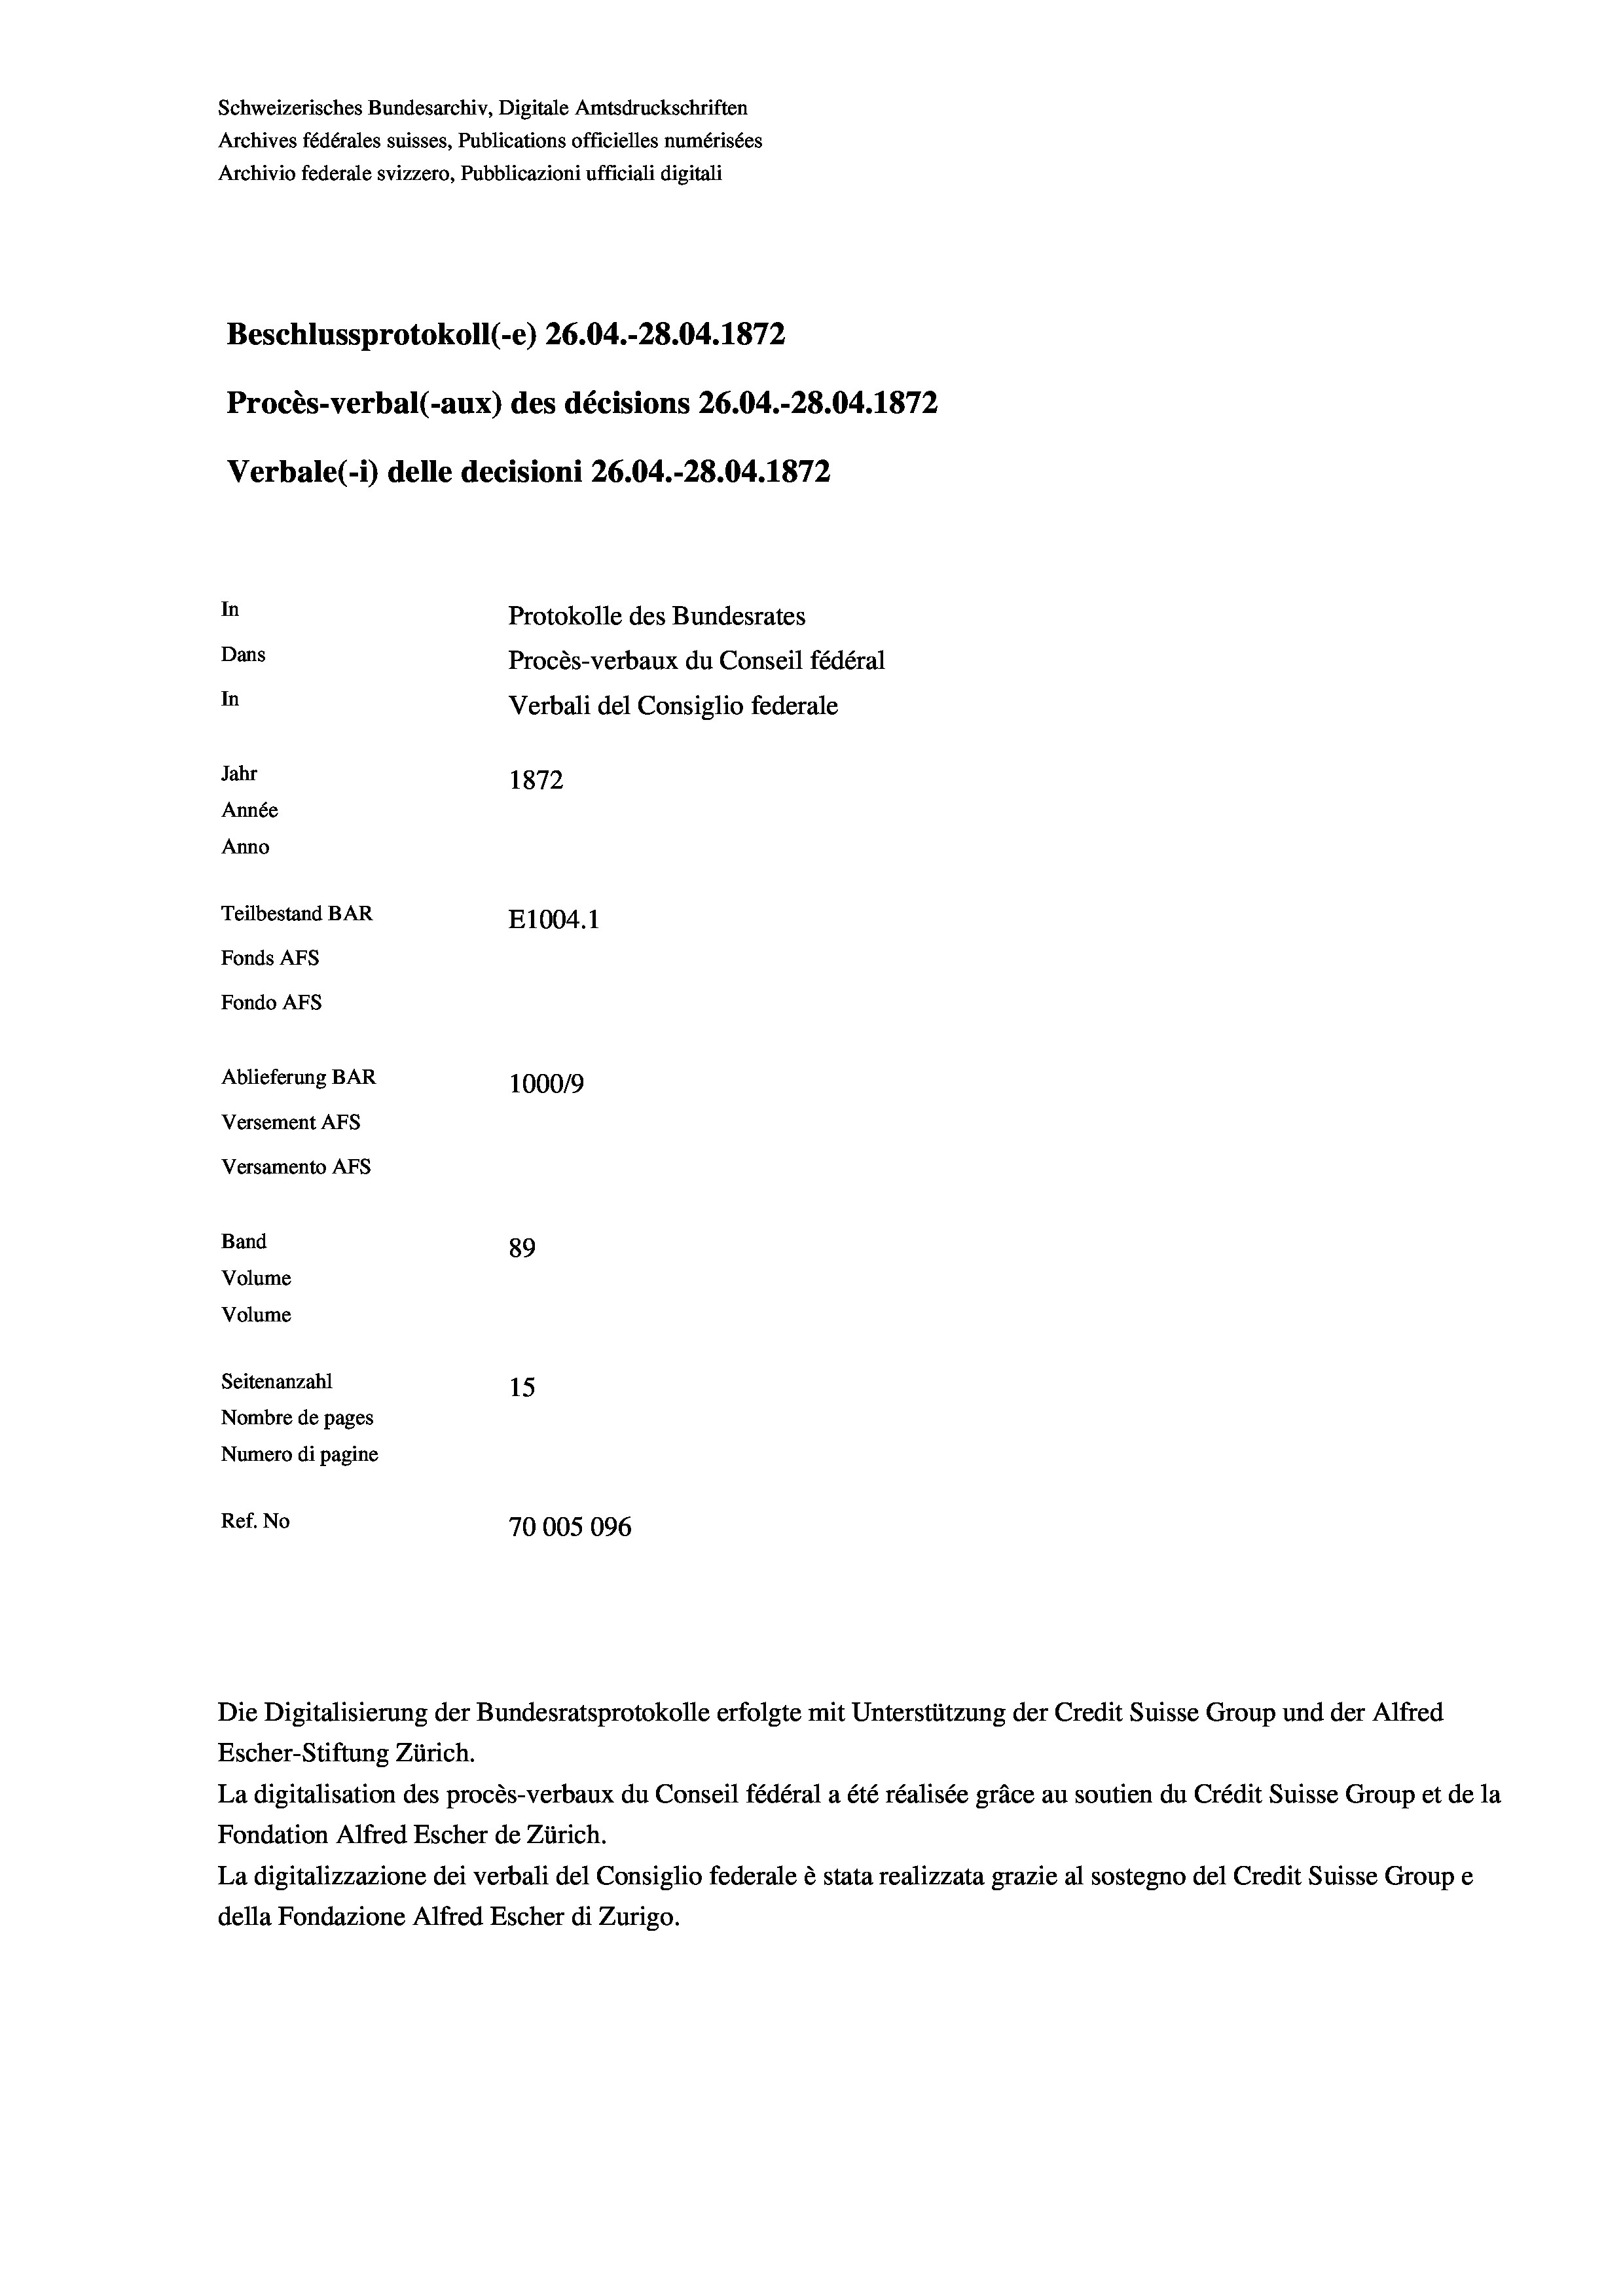
Schweizerisches Bundesarchiv, Digitale Amtsdruckschriften
Archives fédérales suisses, Publications officielles numérisées
Archivio federale svizzero, Pubblicazioni ufficiali digitali
Beschlussprotokoll (-e) 26.04.-28.04. 1872
Procès-verbal (-aux) des décisions 26.04.-28.04. 1872
Verbale (- 1) delle decisioni 26.04.-28.04. 1872
In
Protokolle des Bundesrates
Dans
Procès-verbaux du Conseil fédéral
In
Verbali del Consiglio federale
Jahr
1872
Année
Anno
Teilbestand BAR
E1004. 1
Fonds AFs
Fondo Afs
Ablieferung BAR
100019
Versement AFs
Versamento AFs
Band
89
Volume
Volume
Seitenanzahl
15

Nombre de pages
Numero di pagine
Ref. No
70005096

Die Digitalisierung der Bundesratsprotokolle erfolgte mit Unterstützung der Credit Suisse Group und der Alfred
Escher-Stiftung Zürich.

La digitalisation des procès-verbaux du Conseil fédéral a été réalisée gräce au soutien du Crédit Suisse Group et de la
Fondation Alfred Escher de Zürich.
La digitalizzazione dei verbali del Consiglio federale è stata realizzata grazie al sostegno del Credit Suisse Groupe
della Fondazione Alfred Escher di Zurigo.